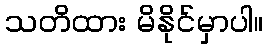
သတိထား မိနိုင်မှာပါ။